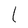
Character: l